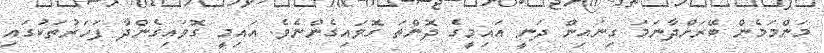
މަންމަމެން ބޭރަށްދާނަމަ ގިނައިން ދަނީ އައިމީގެ ދޮންތަ ގޮވައިގެންނެވެ. އައިމީ ގޮވައިގެންދާ ފަހަރުތަކުގައި